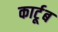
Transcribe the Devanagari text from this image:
कार्टूब